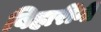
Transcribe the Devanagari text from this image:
बिहारींनी